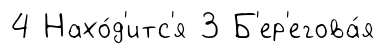
4 Нахо́д'итс'я 3 Б'ер'егова́я